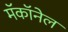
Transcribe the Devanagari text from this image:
मॅकॉनेल